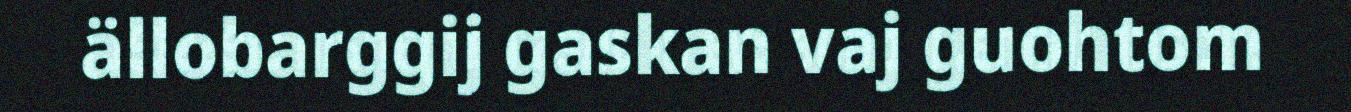
ällobarggij gaskan vaj guohtom